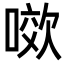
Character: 𭉯